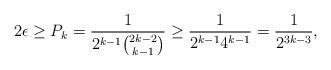
LaTeX: \begin{align*}2\epsilon \geq P_k = \frac{1}{2^{k-1} {2k-2 \choose k-1}} \geq \frac{1}{2^{k-1} 4^{k-1}} = \frac{1}{2^{3k-3}},\end{align*}